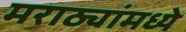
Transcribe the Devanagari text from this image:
मराठ्यांमध्ये